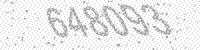
Solution: 648093